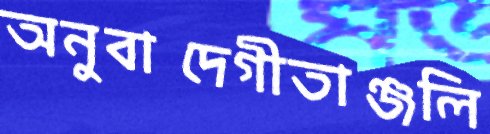
অনুবাদেগীতাঞ্জলি